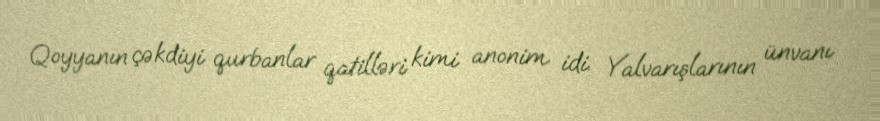
Qoyyanın çəkdiyi qurbanlar qatilləri kimi anonim idi. Yalvarışlarının ünvanı